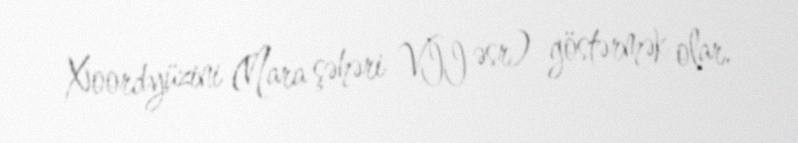
Xoordyüzini (Nara şəhəri VII əsr) göstərmək olar.